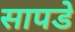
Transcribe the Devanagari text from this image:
सापडे